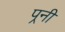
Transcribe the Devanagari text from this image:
पर्‍नी